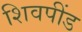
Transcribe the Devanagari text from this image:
शिवपींड